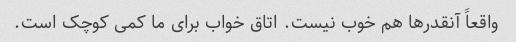
واقعاً آنقدرها هم خوب نیست. اتاق خواب برای ما کمی کوچک است.